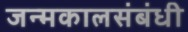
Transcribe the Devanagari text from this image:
जन्मकालसंबंधी